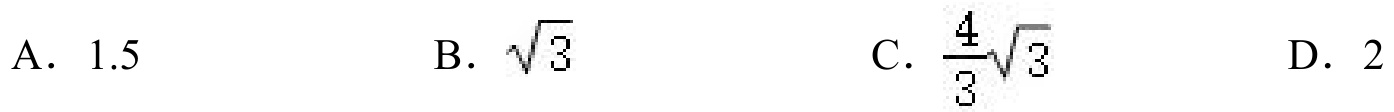
A. \(1.5\)  B. \(\sqrt{3}\)  C. \(\frac{4}{3}\sqrt{3}\)  D. \(2\)